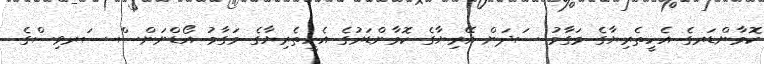
ކޮމާންޑަރގެ އެހީތެރިޔާގެ މަގާމު ސަދަން އޭރިޔާގެ ކޮމާންޑަރުގެ އެހީތެރިޔާގެ މަގާމު އޯޑްނަންސް ސަރވިސްގެ